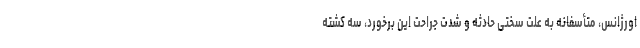
اورژانس، متأسفانه به علت سختی حادثه و شدت جراحت این برخورد، سه کشته